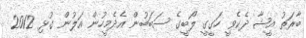
ބާރަތު އީޝާ ދެކެވީ ހަގީގީ ލޯބީގެ ސަބަބުން އެދެމީހުން އަލުން ގުޅި 2012